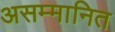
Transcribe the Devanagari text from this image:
असम्मानित